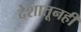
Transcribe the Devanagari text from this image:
देशातूनही